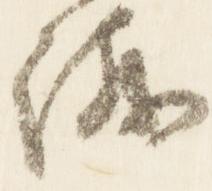
議